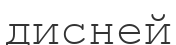
дисней